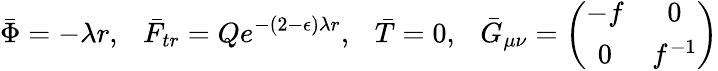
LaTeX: \bar{\Phi}=-\lambda r,~~~\bar{F}_{tr}=Qe^{-(2-\epsilon)\lambda r},~~~\bar{T}=0,~~~\bar{G}_{\mu\nu}=\left(\begin{array}{cc}{{-f}}&{{0}}\\ {{0}}&{{f^{-1}}}\end{array}\right)